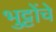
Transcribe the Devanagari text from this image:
भुट्टोंचे